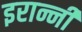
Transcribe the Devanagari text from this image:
इरान्नी